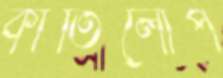
কীর্তিলোপ